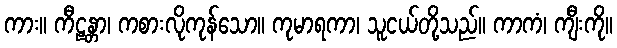
ကား။ ကီဠန္တာ၊ ကစားလိုကုန်သော။ ကုမာရကာ၊ သူငယ်တို့သည်။ ကာကံ၊ ကျီးကို။